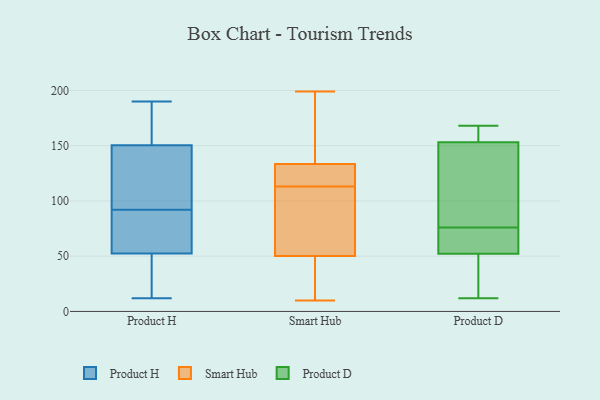
{"axis": {"x": "Waste Production (Tons)", "y": "Value"}, "legend": ["Product D", "Product H", "Smart Hub"], "data": [{"x": "", "y": 74, "type": "Product H"}, {"x": "", "y": 163, "type": "Product H"}, {"x": "", "y": 53, "type": "Product H"}, {"x": "", "y": 44, "type": "Product H"}, {"x": "", "y": 110, "type": "Product H"}, {"x": "", "y": 173, "type": "Product H"}, {"x": "", "y": 22, "type": "Product H"}, {"x": "", "y": 142, "type": "Product H"}, {"x": "", "y": 76, "type": "Product H"}, {"x": "", "y": 51, "type": "Product H"}, {"x": "", "y": 92, "type": "Product H"}, {"x": "", "y": 95, "type": "Product H"}, {"x": "", "y": 12, "type": "Product H"}, {"x": "", "y": 69, "type": "Product H"}, {"x": "", "y": 152, "type": "Product H"}, {"x": "", "y": 150, "type": "Product H"}, {"x": "", "y": 190, "type": "Product H"}, {"x": "", "y": 74, "type": "Smart Hub"}, {"x": "", "y": 44, "type": "Smart Hub"}, {"x": "", "y": 10, "type": "Smart Hub"}, {"x": "", "y": 44, "type": "Smart Hub"}, {"x": "", "y": 149, "type": "Smart Hub"}, {"x": "", "y": 69, "type": "Smart Hub"}, {"x": "", "y": 116, "type": "Smart Hub"}, {"x": "", "y": 113, "type": "Smart Hub"}, {"x": "", "y": 129, "type": "Smart Hub"}, {"x": "", "y": 135, "type": "Smart Hub"}, {"x": "", "y": 199, "type": "Smart Hub"}, {"x": "", "y": 72, "type": "Product D"}, {"x": "", "y": 35, "type": "Product D"}, {"x": "", "y": 158, "type": "Product D"}, {"x": "", "y": 167, "type": "Product D"}, {"x": "", "y": 73, "type": "Product D"}, {"x": "", "y": 153, "type": "Product D"}, {"x": "", "y": 124, "type": "Product D"}, {"x": "", "y": 76, "type": "Product D"}, {"x": "", "y": 55, "type": "Product D"}, {"x": "", "y": 12, "type": "Product D"}, {"x": "", "y": 44, "type": "Product D"}, {"x": "", "y": 154, "type": "Product D"}, {"x": "", "y": 152, "type": "Product D"}, {"x": "", "y": 168, "type": "Product D"}, {"x": "", "y": 58, "type": "Product D"}, {"x": "", "y": 76, "type": "Product D"}, {"x": "", "y": 16, "type": "Product D"}]}